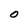
Character: O